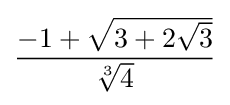
{\frac {-1+{\sqrt {3+2{\sqrt {3}}}}}{\sqrt[{3}]{4}}}